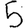
Digit: 5